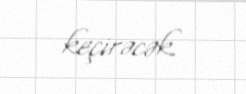
keçirəcək.